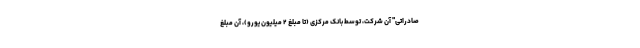
صادراتی" آن شرکت، توسط بانک مرکزی (تا مبلغ ۲ میلیون یورو)، آن مبلغ